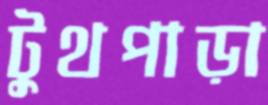
টুথপাড়া